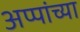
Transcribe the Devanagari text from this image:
अप्पांच्या